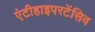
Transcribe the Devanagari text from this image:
एंटीहाइपरटेंसिव